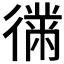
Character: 𫹤